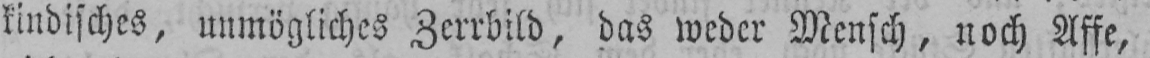
kindisches, unmögliches Zerrbild, das weder Mensch, noch Affe,